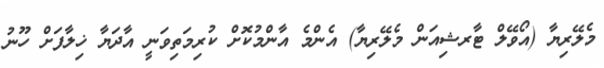
މެލޭރިޔާ (އޯވޭލް ޓާރޝިއަން މެލޭރިޔާ) އެންމެ އާންމުކޮށް ކުރިމަތިވަނީ އާދަޔާ ޚިލާފަށް ހޫނު